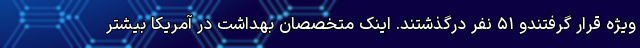
ویژه قرار گرفتندو ۵۱ نفر درگذشتند. اینک متخصصان بهداشت در آمریکا بیشتر